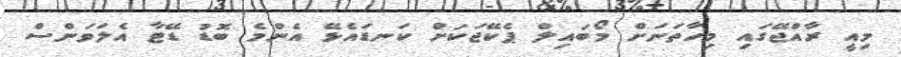
މިއީ ރާއްޖޭގައި މިހާތަނަށް މޯބައިލް ޕެކޭޖަކަށް ކަނޑައެޅޭ އެންމެ ބޮޑު ޑޭޓާ އެލަވަންސް